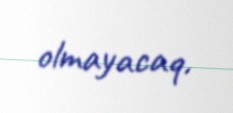
olmayacaq.